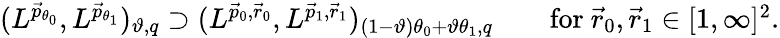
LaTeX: \begin{array}{r}{(L^{\vec{p}_{\theta_{0}}},L^{\vec{p}_{\theta_{1}}})_{\vartheta,q}\supset(L^{\vec{p}_{0},\vec{r}_{0}},L^{\vec{p}_{1},\vec{r}_{1}})_{(1-\vartheta)\theta_{0}+\vartheta\theta_{1},q}\qquad\mathrm{for~}\vec{r}_{0},\vec{r}_{1}\in[1,\infty]^{2}.}\end{array}